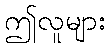
ဤလူများ